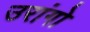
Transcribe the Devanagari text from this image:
उरांगो